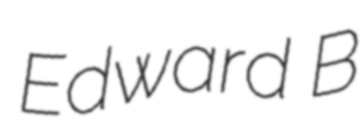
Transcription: Edward B